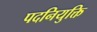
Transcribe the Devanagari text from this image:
पदनियुक्ति